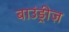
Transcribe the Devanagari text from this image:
बाउंड्रीज़